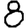
Digit: 8